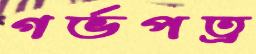
গর্ভপত্র